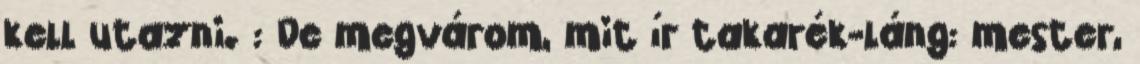
kell utazni. : De megvárom, mit ír takarék-láng: mester,